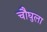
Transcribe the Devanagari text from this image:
चौघुला